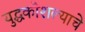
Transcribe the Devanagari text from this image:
युद्धकौशल्याचे